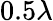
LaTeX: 0.5\lambda